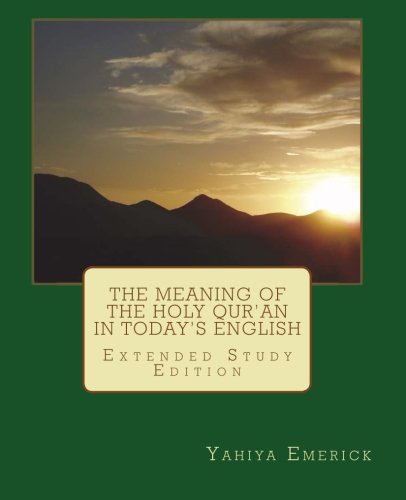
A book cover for The Meaning of the Holy Qur'an in Today's English; Yahiya Emerick; Religion & Spirituality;